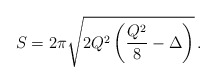
\begin{align*}S = 2\pi\sqrt{2Q^2\left(\frac{Q^2}{8} - \Delta\right)}\,.\end{align*}